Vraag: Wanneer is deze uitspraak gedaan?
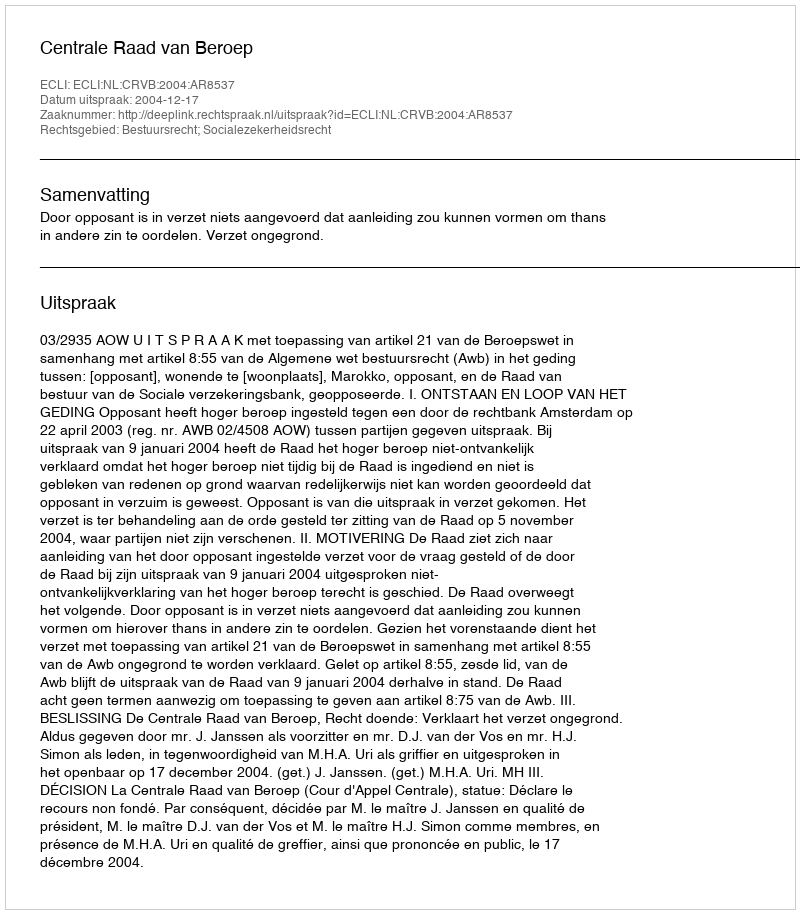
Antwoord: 2004-12-17